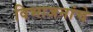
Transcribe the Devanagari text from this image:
विभाजनांचे